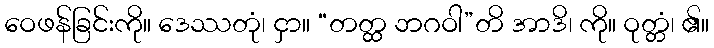
ဝေဖန်ခြင်းကို။ ဒေဿတုံ၊ ငှာ။ “တတ္ထ ဘဂဝါ”တိ အာဒိ၊ ကို။ ဝုတ္တံ၊ ၏။